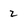
Character: 2